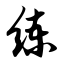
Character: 练